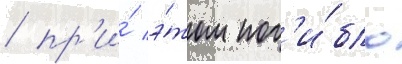
/ пр'и́ э́том пог'и́бло